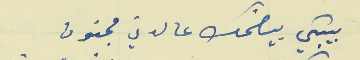
بيبكي بيضحك عالدني مجنون